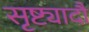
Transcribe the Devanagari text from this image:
सृष्ट्यादौ